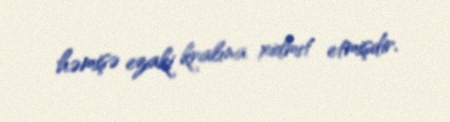
həmişə ezaki kralına xidmıt etmişdir.